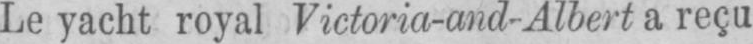
Le yacht royal Victoria-and-Albert a reçu